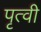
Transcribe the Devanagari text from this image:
पृत्वी